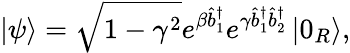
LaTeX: \left\vert\psi\right\rangle=\sqrt{1-\gamma^{2}}e^{\beta\hat{b}_{1}^{\dagger}}e^{\gamma\hat{b}_{1}^{\dagger}\hat{b}_{2}^{\dagger}}\left\vert 0_{R}\right\rangle,